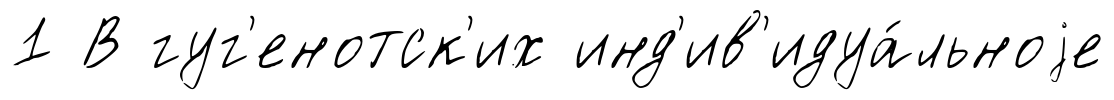
1 В гуг'енотск'их инд'ив'идуа́льноjе